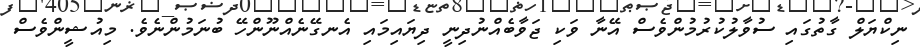
ނިކްޔަލް ގާތުގައި ސުވާލުކުރުމުންވެސް އޭނާ ވަކި ޖަވާބެއްނުދިނީ ދިޔައިމައި އެނގޭނެއްނޫންހޭ ބުނަމުންނެވެ. މިއުޝީންވެސް